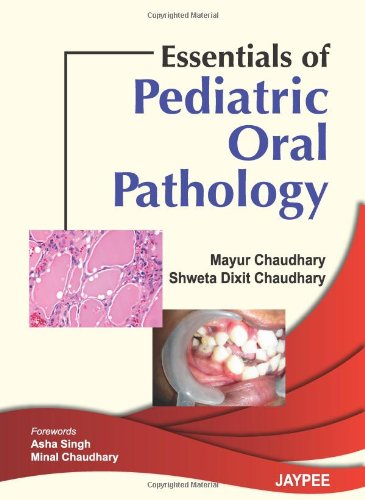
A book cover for Essentials of Pediatric Oral Pathology; Mayur Chaudhary; Medical Books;